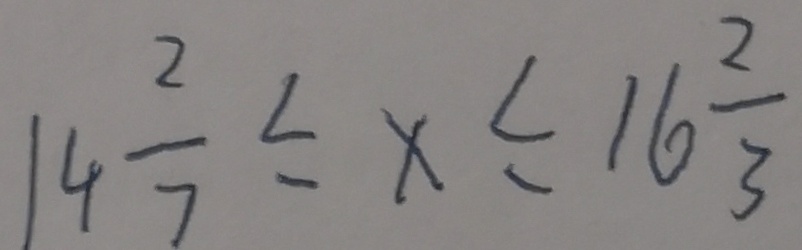
1 4 \frac { 2 } { 7 } \leq x \leq 1 6 \frac { 2 } { 3 }